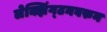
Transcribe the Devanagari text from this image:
लेक्झिंग्टनवरुन